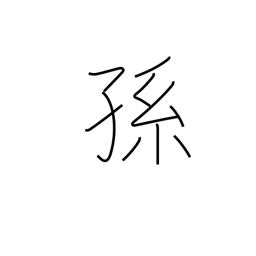
Meaning: descendants